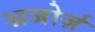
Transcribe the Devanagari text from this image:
अजोर्ज़